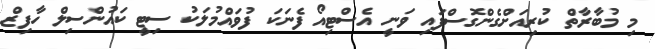
މި މުބާރާތް ކުރިއަށްގެންގޮސްފައި ވަނީ އެސްޓިއޯ ފެނަކަ ފުވައްމުލަކު ސިޓީ ކައުންސިލް ހާފިޒް